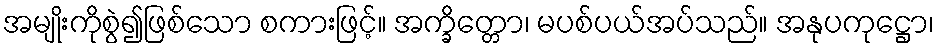
အမျိုးကိုစွဲ၍ဖြစ်သော စကားဖြင့်။ အက္ခိတ္တော၊ မပစ်ပယ်အပ်သည်။ အနုပကုဋ္ဌော၊